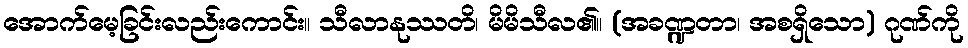
အောက်မေ့ခြင်းလည်းကောင်း။ သီလာနုဿတိ၊ မိမိသီလ၏။ (အခဏ္ဍတာ၊ အစရှိသော) ဂုဏ်ကို